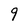
Character: 9